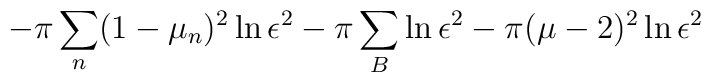
-\pi\sum_n(1-\mu_n)^2 \ln\epsilon^2 -\pi\sum_B\ln\epsilon^2 -\pi(\mu-2)^2\ln\epsilon^2